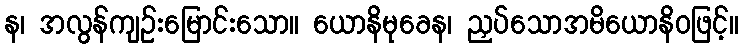
န၊ အလွန်ကျဉ်းမြောင်းသော။ ယောနိမုခေန၊ ညှပ်သောအမိယောနိဝဖြင့်။